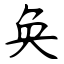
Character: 奂